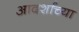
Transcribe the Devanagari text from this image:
आदर्शाच्‍या